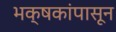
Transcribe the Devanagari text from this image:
भक्षकांपासून